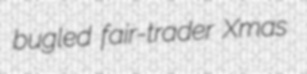
bugled fair-trader Xmas